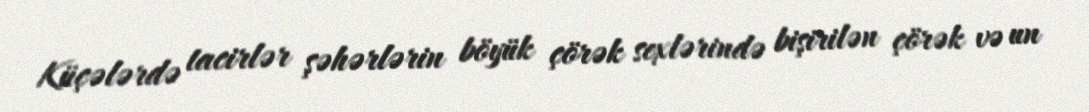
Küçələrdə tacirlər şəhərlərin böyük çörək sexlərində bişirilən çörək və un